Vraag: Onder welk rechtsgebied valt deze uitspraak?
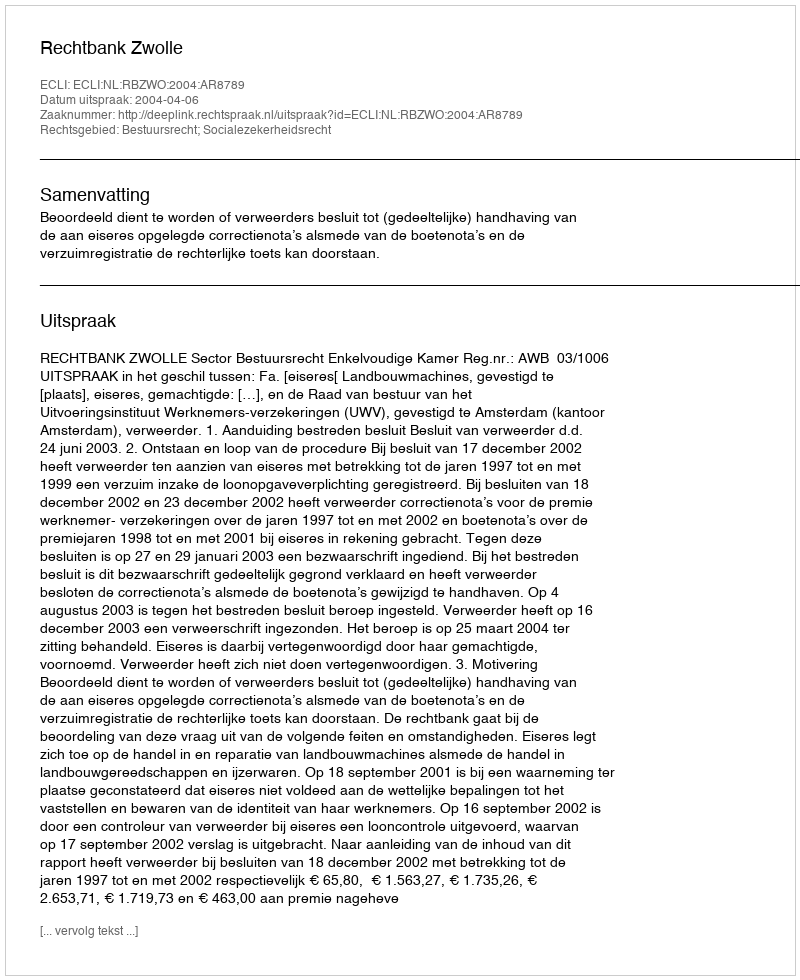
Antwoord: Bestuursrecht; Socialezekerheidsrecht